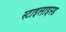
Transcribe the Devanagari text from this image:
स्टाइलाइस्ड